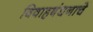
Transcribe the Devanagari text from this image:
विवाहबंधनाचे